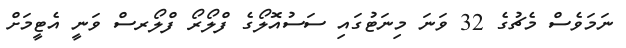
ނަމަވެސް މެޗުގެ 32 ވަނަ މިނަޓުގައި ސަސުއޮލޯގެ ފްލޯރޯ ފްލޯރސް ވަނީ އެޓީމަށް